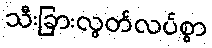
သီးခြားလွတ်လပ်စွာ